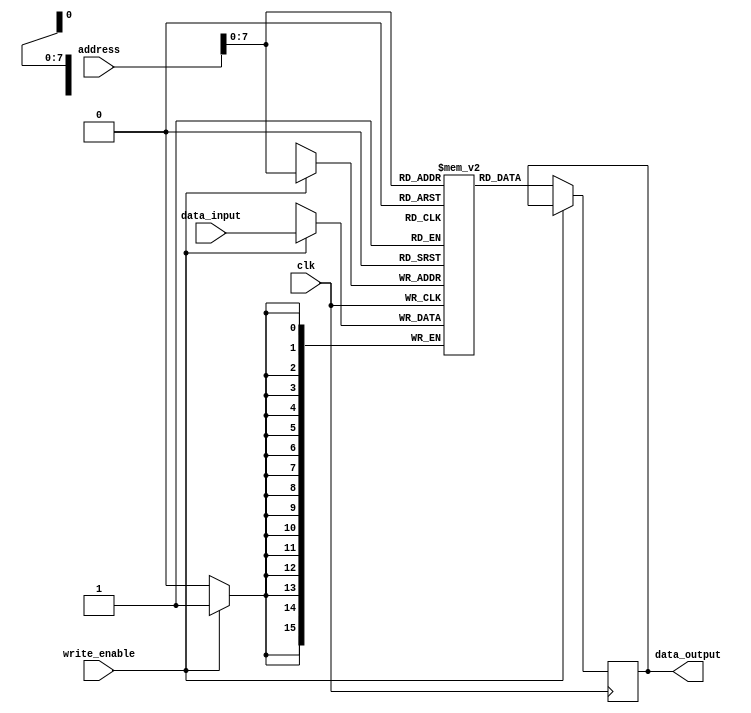
`timescale 1ns / 1ps
//////////////////////////////////////////////////////////////////////////////////
// Company: 
// Engineer: 
// 
// Design Name: 
// Module Name: data_memory
// Project Name: 
// Target Devices: 
// Tool Versions: 
// Description: 
// 
// Dependencies: 
// 
// Revision:
// Revision 0.01 - File Created
// Additional Comments:
// 
//////////////////////////////////////////////////////////////////////////////////


module data_memory#(parameter ADDR_WIDTH = 16, parameter DATA_WIDTH = 16)(
        input wire clk,
        input [ADDR_WIDTH-1:0] address,
        input [DATA_WIDTH-1:0] data_input,
        input wire write_enable,
        output reg [DATA_WIDTH-1:0] data_output
    );
    
    reg [DATA_WIDTH-1:0] ram_memory [255:0];
    
    always @(posedge clk) begin
        if(write_enable) begin
            ram_memory[address] <= data_input;
        end
        else begin
            data_output <= ram_memory[address];
        end
    end
    
endmodule